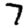
Digit: 7